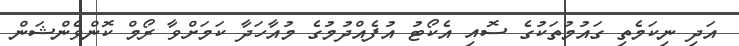
އަދި ނިކަމެތި ގައުމުތަކުގެ ސޮއި އެކޯޓު އުފެއްދުމުގެ މުއާހަދާ ކަމަށްވާ ރޯމް ކޮންވެންޝަން